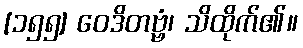
[၁၅၅] ဝေဒိတဗ္ဗံ၊ သိထိုက်၏။